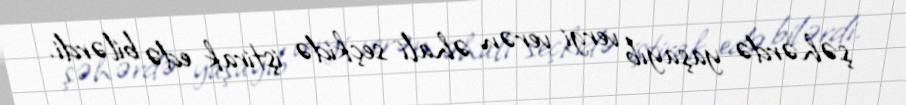
şəhərdə yaşayıb vergi verən əhali seçkidə iştirak edə bilərdi.